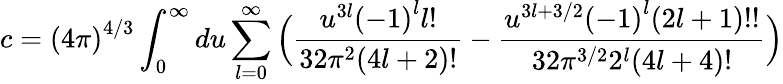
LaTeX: c={(4\pi)}^{4/3}\int_{0}^{\infty}du\sum_{l=0}^{\infty}\Big(\frac{u^{3l}{(-1)}^{l}l!}{32\pi^{2}(4l+2)!}-\frac{u^{3l+3/2}{(-1)}^{l}(2l+1)!!}{32\pi^{3/2}2^{l}(4l+4)!}\Big)